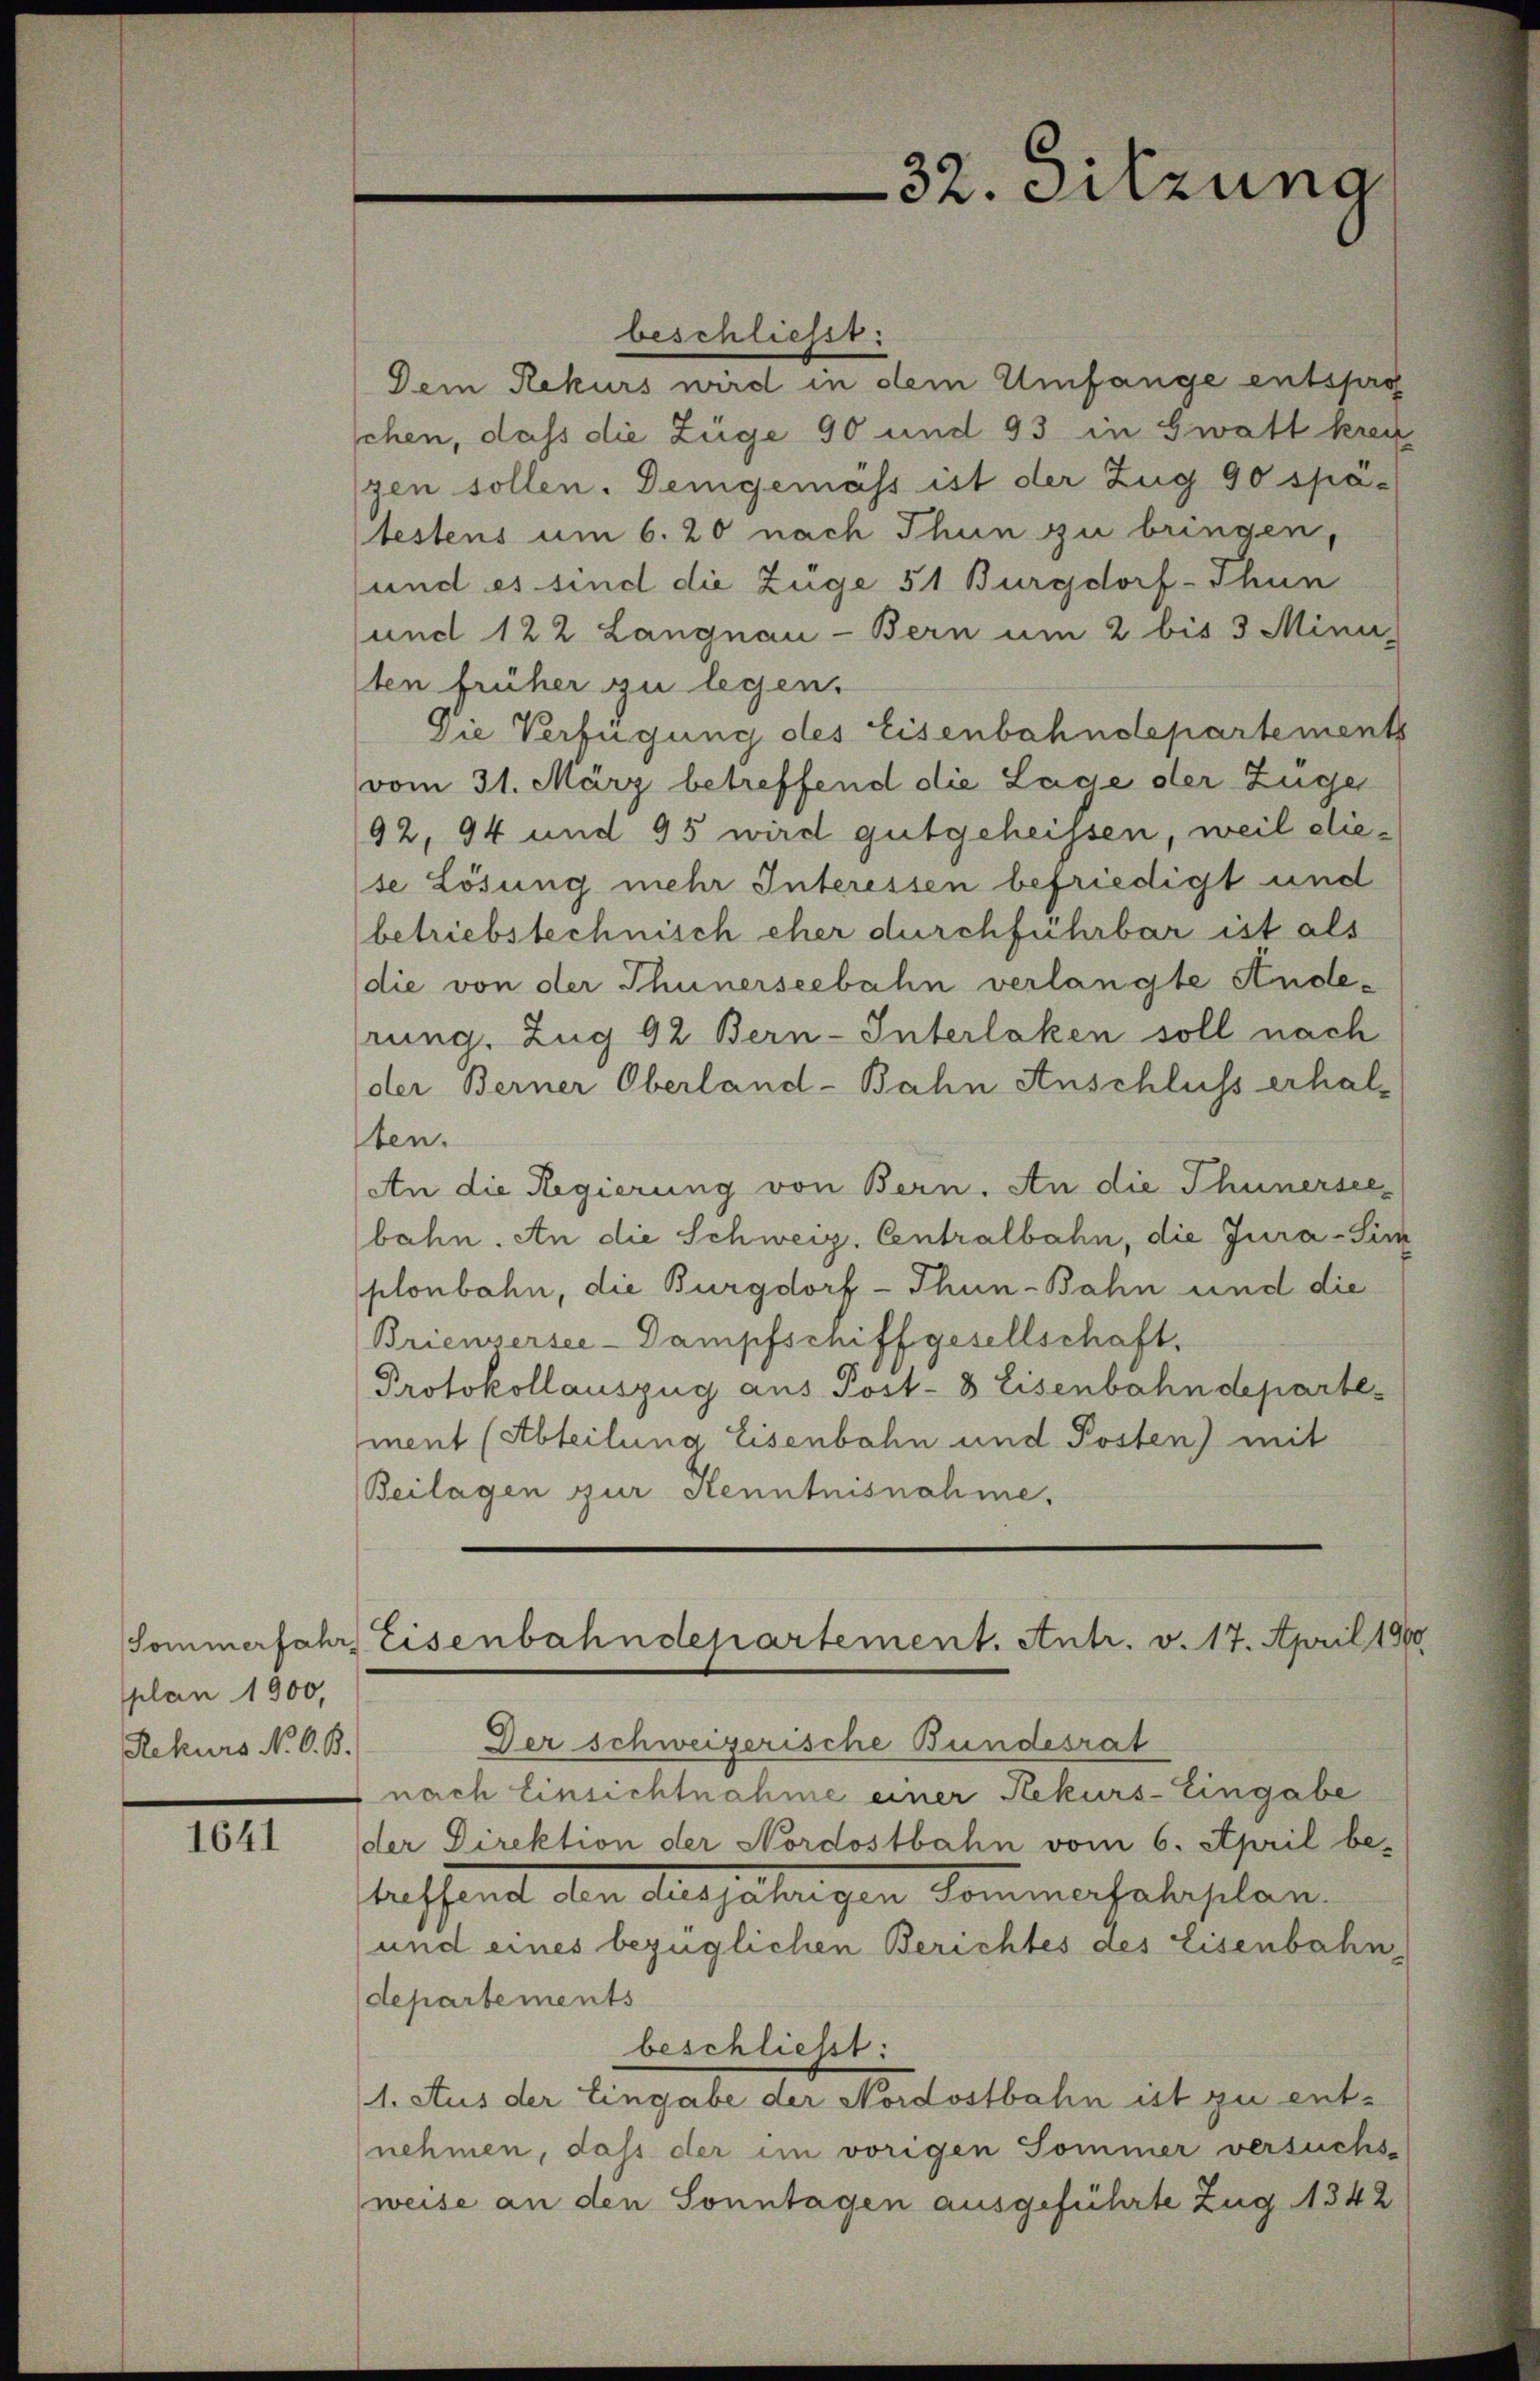
(Sommerfahr,
splan 1900,
Rekurs N. O. B.

1641

32. Sitzung

beschliesst:
Dem Rekurs wird in dem Umfange entspro
chen, dass die Züge 90 und 93 in Zwatt krei
zen sollen. Demgemäss ist der Zug 90 spa-
lestens um 6. 20 nach Thun zu bringen,
und es sind die Zuge 51 Burgdorf-Thun
und 122 Langnau - Bern um 2 bis 3 Mini-
ten früher zu legen.
Die Verfügung des Eisenbahndepartements
vom 31. März betreffend die Lage der Züger
92, 94 und 95 wird gutgeheissen, weil diese Lösung mehr Interessen befriedigt und
betriebstechnisch eher durchführbar ist als
die von der Thunerseebahn verlangte Anderung. Zug 92 Bern-Interlaken soll nach
der Berner Oberland-Bahn Anschluss erhal-
ben.
An die Regierung von Bern. An die Thunersee,
bahn. An die Schweiz. Centralbahn, die Jura-Sim
plonbahn, die Burgdorf - Thun-Bahn und die
Brieusersee-Dampfschiffgesellschaft,
Protokollauszug aus Post- 8 Eisenbahndepartement (Abteilung Eisenbahn und Posten) mit
Beilagen zur Kenntnisnahme.
Eisenbahndepartement. Antr. v. 17. April 1900
Der schweizerische Bundesrat
nach Einsichtnahme einer Rekurs-Eingabe
der Direktion der Nordostbahn vom 6. April be-
beschend den Aushaltigen Sommerfahrplan
und eines bezüglichen Berichtes des Eisenbahn
departements
beschließt:
1. Aus der Eingabe der Nordostbahn ist zu entnehmen, dass der im vorigen Sommer versuchs-
weise an den Sonntagen ausgeführte Zug 1342